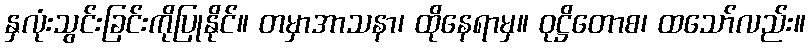
နှလုံးသွင်းခြင်းကိုပြုနိုင်။ တမှာအာသနာ၊ ထိုနေရာမှ။ ဝုဋ္ဌိတောစ၊ ထသော်လည်း။